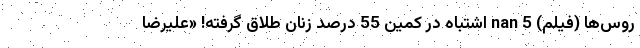
روس‌ها (فیلم) nan 5 اشتباه در کمین 55 درصد زنان طلاق‌ گرفته! «علیرضا